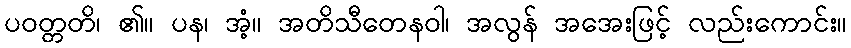
ပဝတ္တတိ၊ ၏။ ပန၊ အံ့။ အတိသီတေနဝါ၊ အလွန် အအေးဖြင့် လည်းကောင်း။